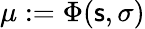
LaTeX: \mu:=\Phi(\mathsf{s},\sigma)